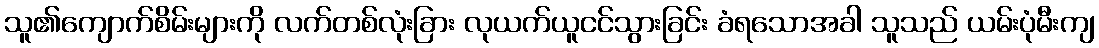
သူ၏ကျောက်စိမ်းများကို လက်တစ်လုံးခြား လုယက်ယူငင်သွားခြင်း ခံရသောအခါ သူသည် ယမ်းပုံမီးကျ